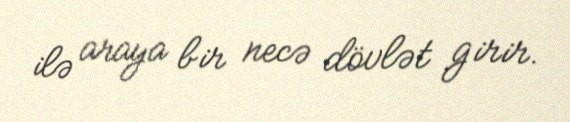
ilə araya bir necə dövlət girir.